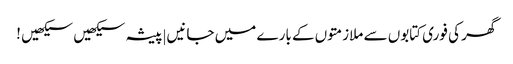
گھر کی فوری کتابوں سے ملازمتوں کے بارے میں جانیں|پیشہ سیکھیں سیکھیں !